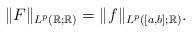
LaTeX: \begin{align*}\|F\|_{L^p(\mathbb{R};\mathbb{R})}=\|f\|_{L^p([a,b];\mathbb{R})}.\end{align*}